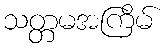
သတ္တမအကြိမ်